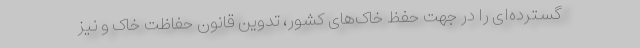
گسترده‌ای را در جهت حفظ خاک‌های کشور، تدوین قانون حفاظت خاک و نیز